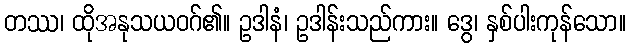
တဿ၊ ထိုအနုသယဝဂ်၏။ ဥဒါနံ၊ ဥဒါန်းသည်ကား။ ဒွေ၊ နှစ်ပါးကုန်သော။